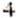
4